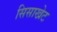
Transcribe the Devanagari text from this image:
सिसाखेट